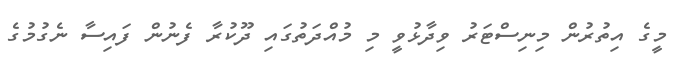
މީގެ އިތުރުން މިނިސްޓަރު ވިދާޅުވީ މި މުއްދަތުގައި ދޫކުރާ ފެނުން ފައިސާ ނެގުމުގެ